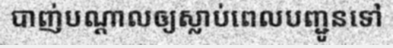
បាញ់បណ្តាលឲ្យស្លាប់ពេលបញ្ជូនទៅ